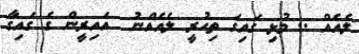
ލެއެއް .. މުޅި ގައިގަ ތިހުރީ ލެއެއްނު  އައިރީން ގެ ގައިގާ